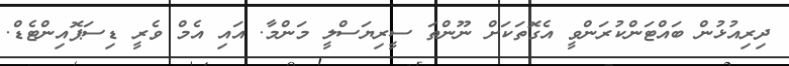
ދިރިއުޅުން ބައްޓަންކުރަންވީ އެގޮތަކަށް ނޫންތަ ސީރިޔަސްލީ މަންމާ. އައި އެމް ވެރީ ޑިސަޕޮއިންޓެޑް.